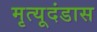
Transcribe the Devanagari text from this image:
मृत्यूदंडास